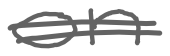
Text: on
Cross-out: double-line
Writing tool: digital_gray